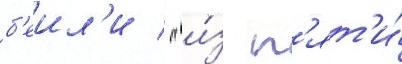
б'еил'и / "и́з п'ят'и́